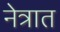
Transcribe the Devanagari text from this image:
नेत्रात